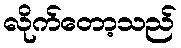
လိုက်တော့သည်